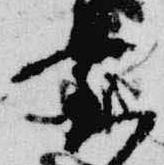
台